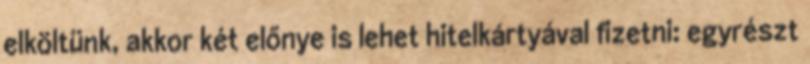
elköltünk, akkor két előnye is lehet hitelkártyával fizetni: egyrészt